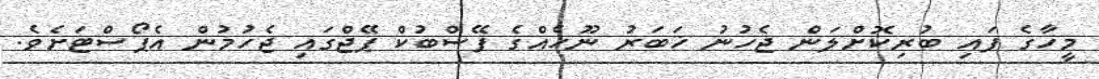
މީހާގެ ފައި ބުރިކޮށްލަން ޖެހުނު ޚަބަރު ނޫހެއްގެ ފޭސްބުކް ޕޭޖްގައި ޖެހުމުން އެޕޯސްޓަށެވެ.